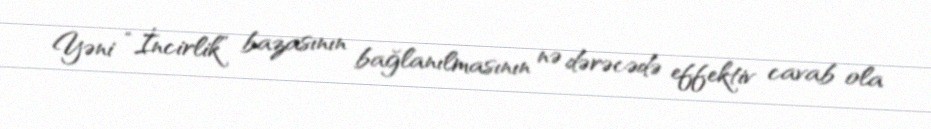
Yəni “İncirlik” bazasının bağlanılmasının nə dərəcədə effektiv cavab ola